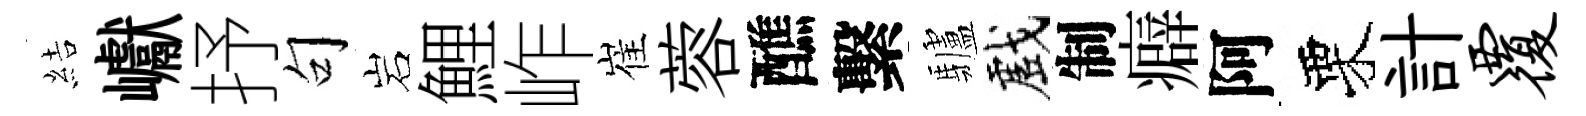
結巘抒句岩鯉岞崔蓉醮繫驢戲制癖阿栗計覆